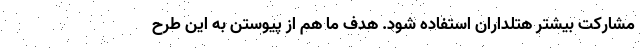
مشارکت بیشتر هتلداران استفاده شود. هدف ما هم از پیوستن به این طرح